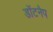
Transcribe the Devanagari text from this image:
डॉटनैप